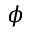
\phi